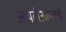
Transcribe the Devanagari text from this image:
आयटीआयकडे